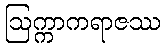
ဩက္ကာကရာဇဿ